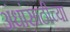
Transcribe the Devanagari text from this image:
अंधांसाठीच्या